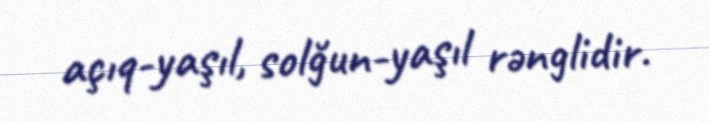
açıq-yaşıl, solğun-yaşıl rənglidir.